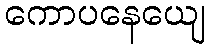
ကောပနေယျေ